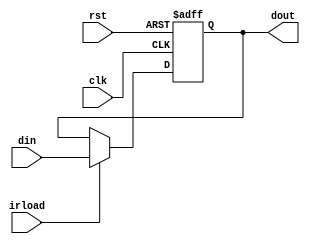
/**/

//
module ir(din,clk,rst,irload,dout);
	input [7:0] din;
	input clk, rst, irload;
	output reg[7:0] dout;

	always @ (negedge clk or negedge rst) 
	begin
		if(!rst)
			  dout <= 0;
		else if (irload)
			  dout <= din;
	end
endmodule